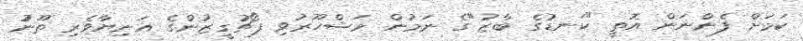
ކަމަށް ފެންނަން އޮތީ "ކަނޑުގެ ބާޒު"ގެ ނަމުން މަޝްހޫރުވި ޕޯޗުގީޒުންގެ އަނިޔާވެރި ތޫނުު